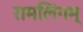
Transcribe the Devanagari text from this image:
रामलिंगम्